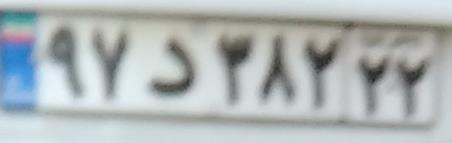
۹۷د۳۸۲۲۲